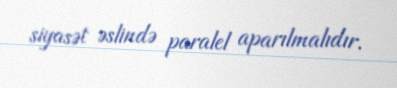
siyasət əslində paralel aparılmalıdır.